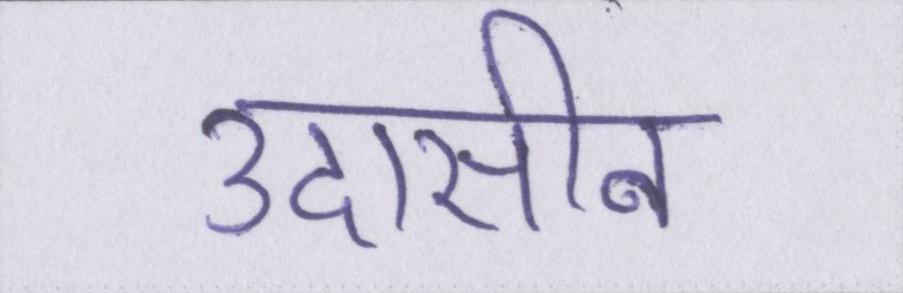
उदासीन